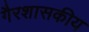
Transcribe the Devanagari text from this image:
गैरशासकीय